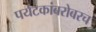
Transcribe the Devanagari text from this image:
पर्यटकांबरोबरच